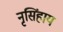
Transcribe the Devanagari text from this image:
नृसिंहाय